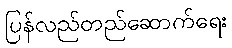
ပြန်လည်တည်ဆောက်ရေး